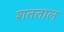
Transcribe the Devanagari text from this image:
शतताल